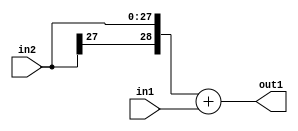
`timescale 1ps / 1ps
/*****************************************************************************
    Verilog RTL Description
    
    
    Created by: Stratus DpOpt 2019.1.01 
*******************************************************************************/

module DC_Filter_Add_28Sx1U_29S_1 (
	in2,
	in1,
	out1
	); /* architecture "behavioural" */ 
input [27:0] in2;
input  in1;
output [28:0] out1;
wire [28:0] asc001;

assign asc001 = 
	+({in2[27], in2})
	+(in1);

assign out1 = asc001;
endmodule

/* CADENCE  ubD2TAg= : u9/ySgnWtBlWxVPRXgAZ4Og= ** DO NOT EDIT THIS LINE ******/